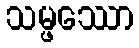
သမ္ဖဿော